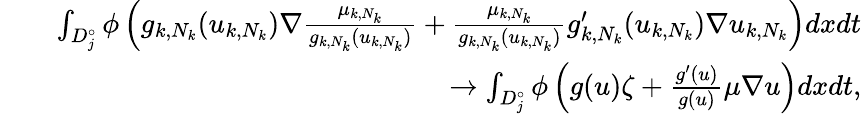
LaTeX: \begin{array}{rlr}&{}&{\int_{D_{j}^{\circ}}\phi\left(g_{k,N_{k}}(u_{k,N_{k}})\nabla\frac{\mu_{k,N_{k}}}{g_{k,N_{k}}(u_{k,N_{k}})}+\frac{\mu_{k,N_{k}}}{g_{k,N_{k}}(u_{k,N_{k}})}g_{k,N_{k}}^{\prime}(u_{k,N_{k}})\nabla u_{k,N_{k}}\right)dxdt}\\ &{}&{\rightarrow\int_{D_{j}^{\circ}}\phi\left(g(u)\zeta+\frac{g^{\prime}(u)}{g(u)}\mu\nabla u\right)dxdt,}\end{array}